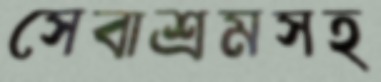
সেবাশ্রমসহ